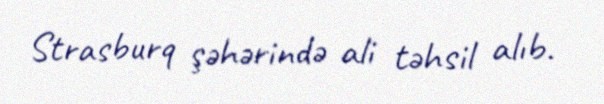
Strasburq şəhərində ali təhsil alıb.